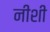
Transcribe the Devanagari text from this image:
नीशी